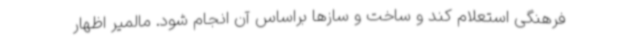
فرهنگی استعلام کند و ساخت و سازها براساس آن انجام شود. مالمیر اظهار